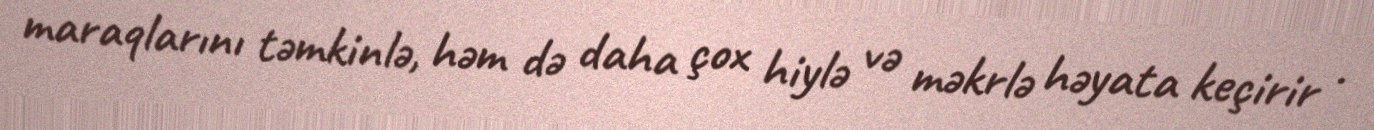
maraqlarını təmkinlə, həm də daha çox hiylə və məkrlə həyata keçirir .